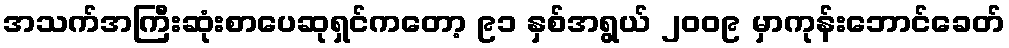
အသက်အကြီးဆုံးစာပေဆုရှင်ကတော့ ၉၁ နှစ်အရွယ် ၂၀၀၉ မှာကုန်းဘောင်ခေတ်